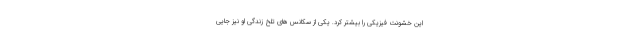
این خشونت فیزیکی را بیشتر کرد. یکی از سکانس های تلخ زندگی او نیز جایی